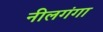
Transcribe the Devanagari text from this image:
नीलगंगा